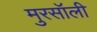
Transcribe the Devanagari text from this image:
मुरसॉली